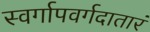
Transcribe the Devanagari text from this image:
स्वर्गापवर्गदातारं